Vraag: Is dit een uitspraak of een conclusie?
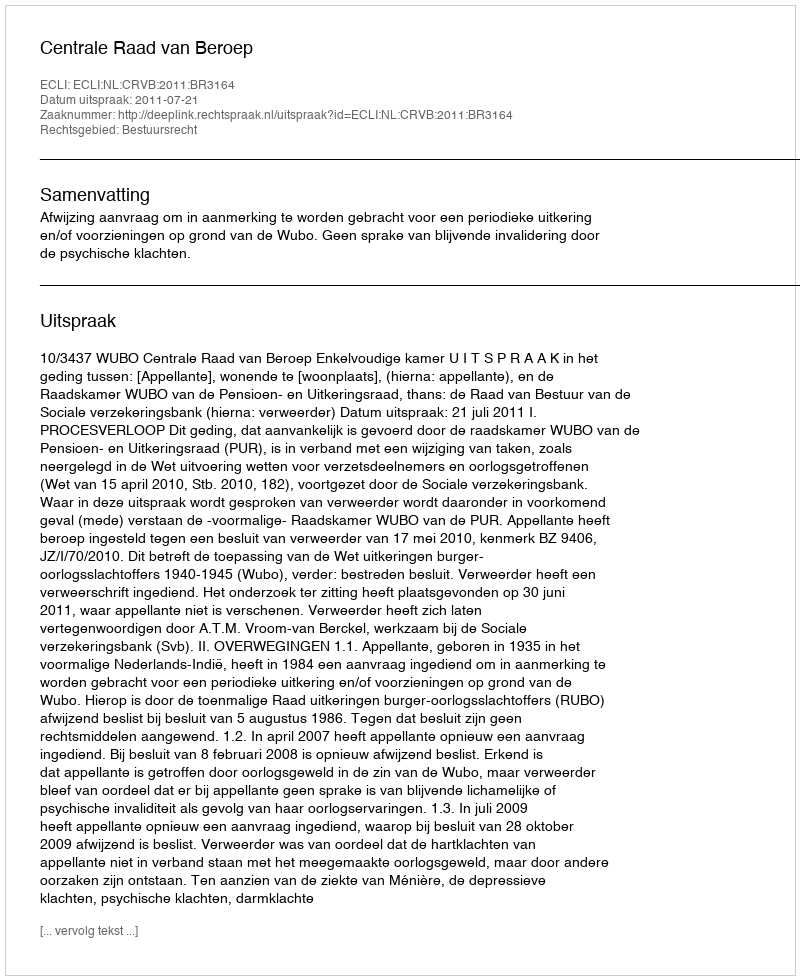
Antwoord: Uitspraak